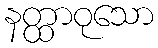
နတ္ထာဝုသော